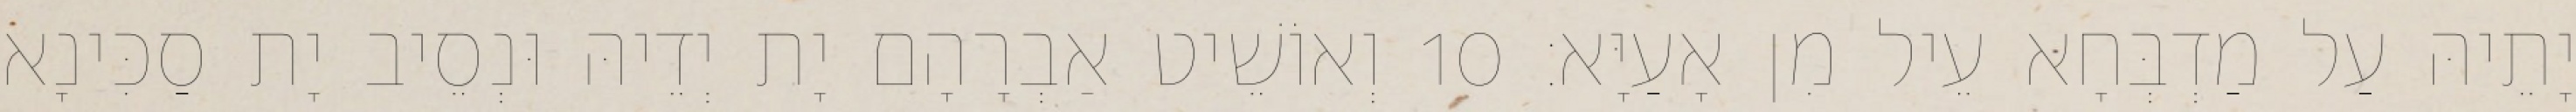
יָתֵיהּ עַל מַדְבְּחָא עֵיל מִן אָעַיָּא׃ 10 וְאוֹשֵׁיט אַבְרָהָם יָת יְדֵיהּ וּנְסֵיב יָת סַכִּינָא